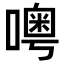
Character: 𠿋